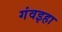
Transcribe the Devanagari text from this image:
गंवइहा